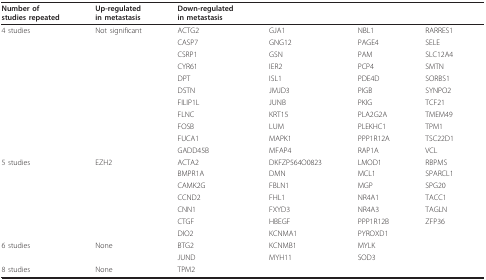
<table><thead><tr><td><b>Number ofstudies repeated</b></td><td><b>Up-regulatedin metastasis</b></td><td><b>Down-regulatedin metastasis</b></td><td></td><td></td><td></td></tr></thead><tbody><tr><td>4 studies</td><td>Not significant</td><td>ACTG2</td><td>GJA1</td><td>NBL1</td><td>RARRES1</td></tr><tr><td></td><td></td><td>CASP7</td><td>GNG12</td><td>PAGE4</td><td>SELE</td></tr><tr><td></td><td></td><td>CSRP1</td><td>GSN</td><td>PAM</td><td>SLC12A4</td></tr><tr><td></td><td></td><td>CYR61</td><td>IER2</td><td>PCP4</td><td>SMTN</td></tr><tr><td></td><td></td><td>DPT</td><td>ISL1</td><td>PDE4D</td><td>SORBS1</td></tr><tr><td></td><td></td><td>DSTN</td><td>JMJD3</td><td>PIGB</td><td>SYNPO2</td></tr><tr><td></td><td></td><td>FILIP1L</td><td>JUNB</td><td>PKIG</td><td>TCF21</td></tr><tr><td></td><td></td><td>FLNC</td><td>KRT15</td><td>PLA2G2A</td><td>TMEM49</td></tr><tr><td></td><td></td><td>FOSB</td><td>LUM</td><td>PLEKHC1</td><td>TPM1</td></tr><tr><td></td><td></td><td>FUCA1</td><td>MAPK1</td><td>PPP1R12A</td><td>TSC22D1</td></tr><tr><td></td><td></td><td>GADD45B</td><td>MFAP4</td><td>RAP1A</td><td>VCL</td></tr><tr><td>5 studies</td><td>EZH2</td><td>ACTA2</td><td>DKFZP564O0823</td><td>LMOD1</td><td>RBPMS</td></tr><tr><td></td><td></td><td>BMPR1A</td><td>DMN</td><td>MCL1</td><td>SPARCL1</td></tr><tr><td></td><td></td><td>CAMK2G</td><td>FBLN1</td><td>MGP</td><td>SPG20</td></tr><tr><td></td><td></td><td>CCND2</td><td>FHL1</td><td>NR4A1</td><td>TACC1</td></tr><tr><td></td><td></td><td>CNN1</td><td>FXYD3</td><td>NR4A3</td><td>TAGLN</td></tr><tr><td></td><td></td><td>CTGF</td><td>HBEGF</td><td>PPP1R12B</td><td>ZFP36</td></tr><tr><td></td><td></td><td>DIO2</td><td>KCNMA1</td><td>PYROXD1</td><td></td></tr><tr><td>6 studies</td><td>None</td><td>BTG2</td><td>KCNMB1</td><td>MYLK</td><td></td></tr><tr><td></td><td></td><td>JUND</td><td>MYH11</td><td>SOD3</td><td></td></tr><tr><td>8 studies</td><td>None</td><td>TPM2</td><td></td><td></td><td></td></tr></tbody></table>